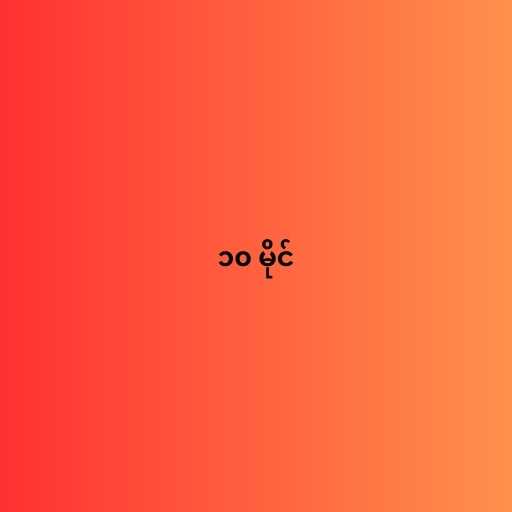
၁၀ မိုင်